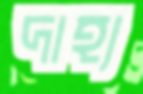
দাহ্য